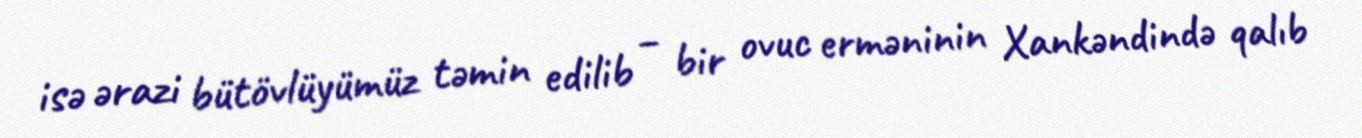
isə ərazi bütövlüyümüz təmin edilib – bir ovuc erməninin Xankəndində qalıb